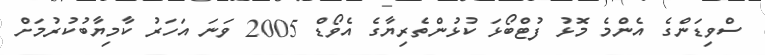
ސްވިޑަންގެ އެންމެ މޮޅު ފުޓްބޯޅަ ކުޅުންތެރިޔާގެ އެވޯޑް 2005 ވަނަ އަހަރު ކާމިޔާބުކުރުމަށް